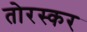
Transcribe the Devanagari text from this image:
तोरस्कर